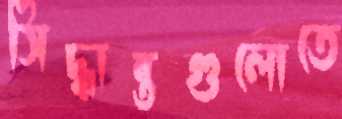
সিদ্ধান্তগুলোতে